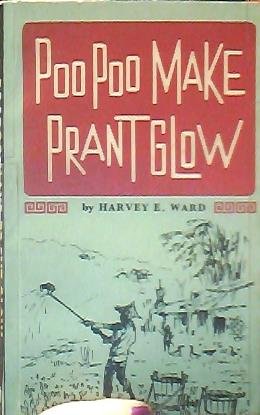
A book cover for Poopoo Make Prant Glow; Harvey Ward; Travel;